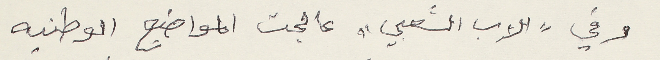
وفي " الاب الشعبي " عالجت المواضيع الوطنيه